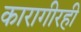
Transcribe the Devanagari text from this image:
कारागीरही